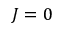
J = 0